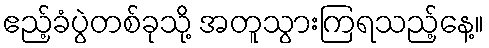
ဧည့်ခံပွဲတစ်ခုသို့ အတူသွားကြရသည့်နေ့။